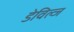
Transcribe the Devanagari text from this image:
डेविल्ज